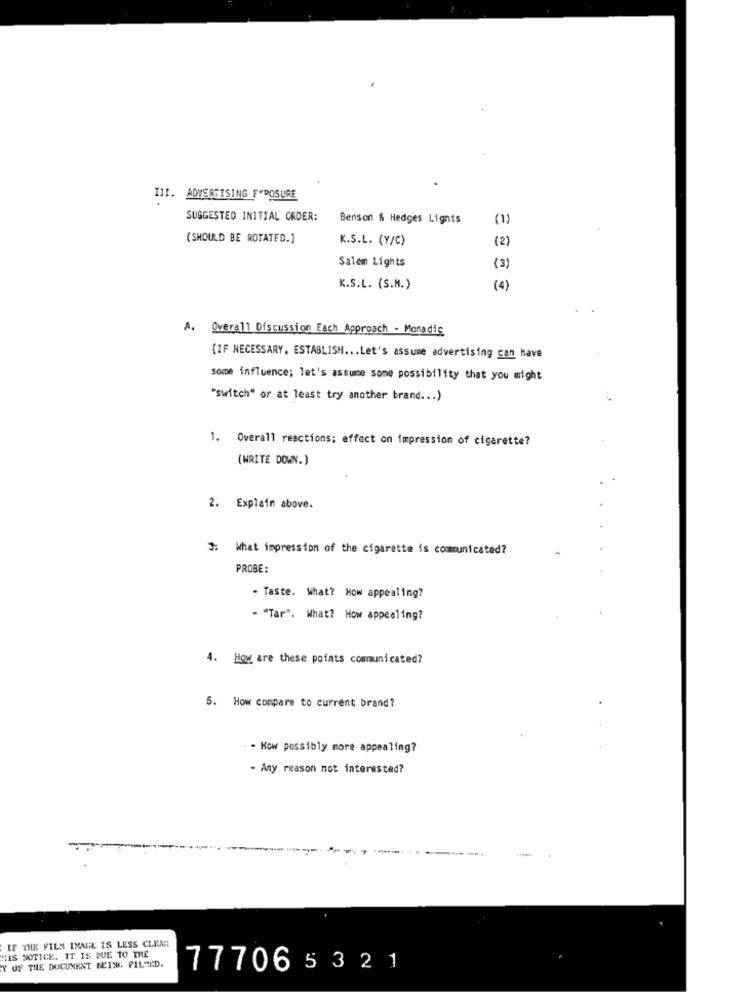
III. ADWERGISING F"POSURE
SUGGESTED INITIAL CADER:
Benson & Hedges Lignts
(1)
(SHOULD BE ROTATED.}
K.S.L. (Y/C)
(2)
Salem Lights
(3)
K.S.L. (S.M.)
(4)
A. Overall Discussion Each Approach - Monadic
{IF NECESSARY, ESTABLISH ... Let's assume advertising can have
some influence; let's assume some possibility that you might
"switch" or at least try another brand ... )
1. Overall reactions; effect on impression of cigarette?
(WRITE DOWN. )
2. Explain above.
J. What impression of the cigarette is communicated?
PROBE:
- Taste. What? How appealing?
- "Tar". What? How appealing?
4. How are these points communicated?
5. How compare to current brand?
. - How possibly more appealing?
- Any reason not interested?
---
IF THE FILM INAIL IS LESS CLEAR
HIS NOTICE. IT IS DUE TO THE
Y OF THE DOCUMENT BEING PILMED.
777065321